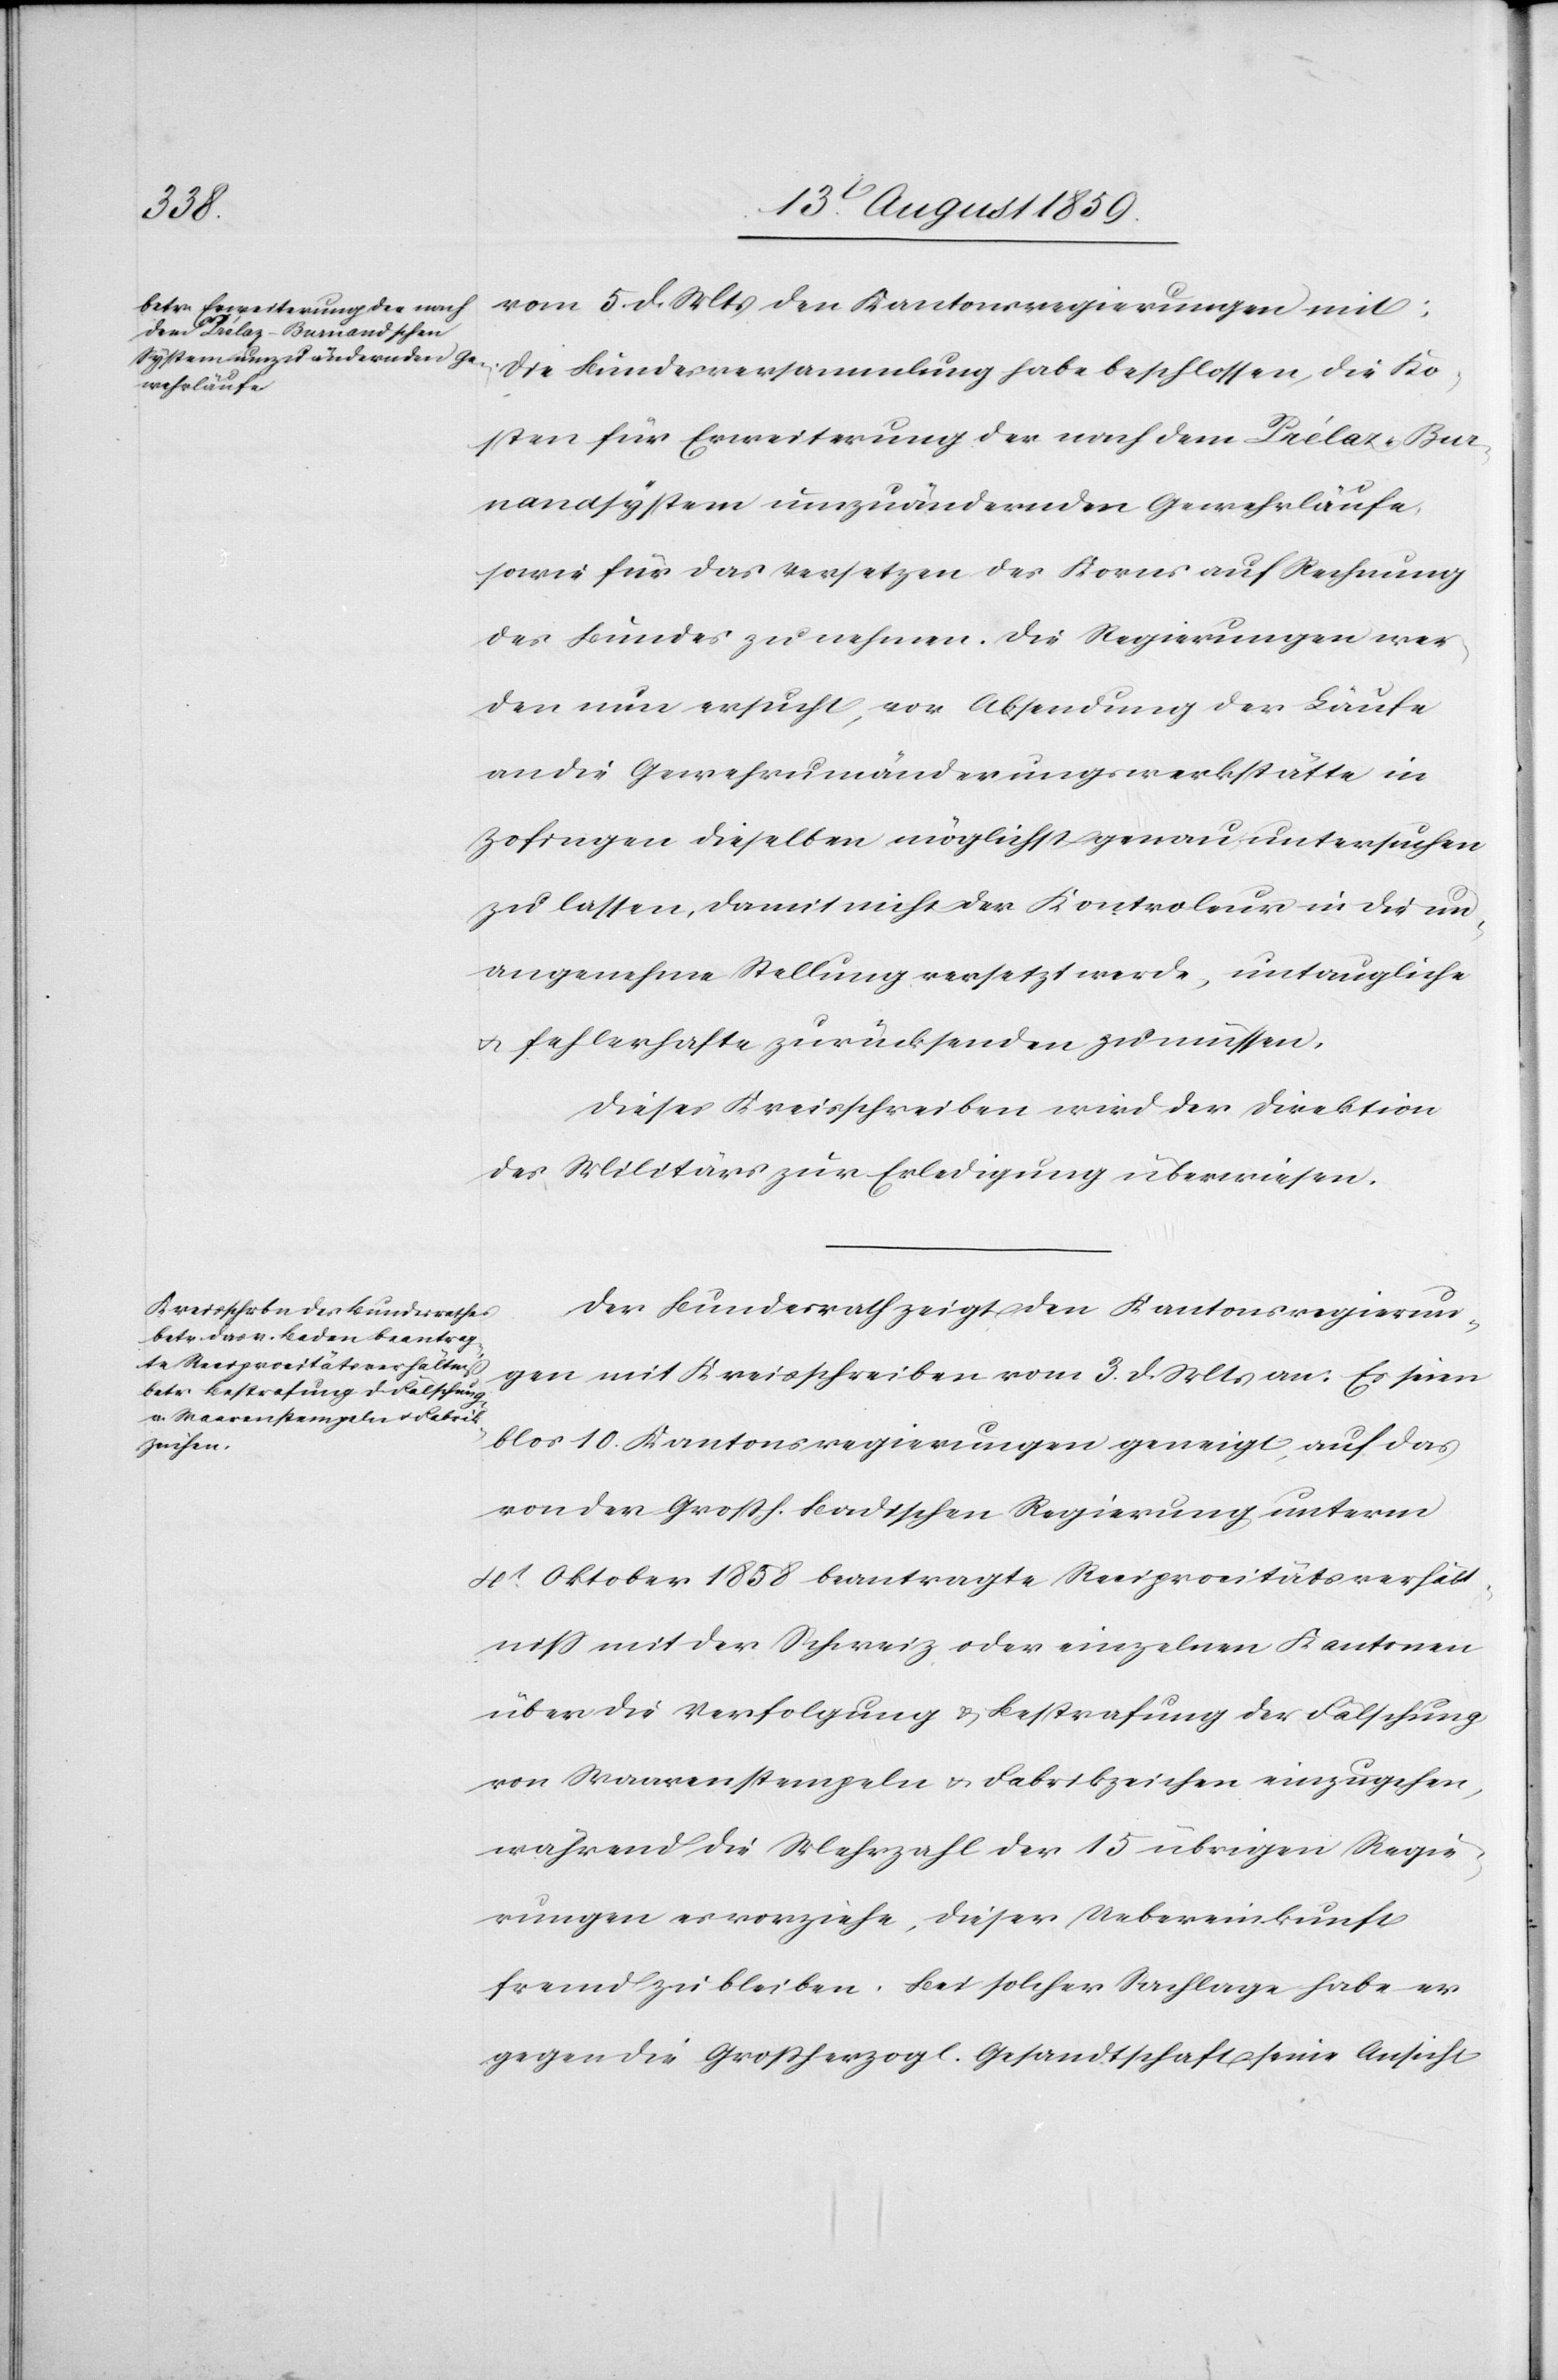
vom 5. d. Mts. den Kantonsregierungen mit:
Die Bundesversammlung habe beschlossen, die Ko¬
sten für Erweiterung der nach dem Prélaz-Bur¬
nandsystem umzuändernden Gewehrläufe,
sowie für das versetzen [sic!] des Korns auf Rechnung
des Bundes zu nehmen. Die Regierung wer¬
de nun ersucht, vor Absendung der Läufe
an die Gewehrumänderungswerkstätte in
Zofingen dieselben möglichst genau untersuchen
zu lassen, damit nicht der Kontroleur in die un¬
angenehme Stellung versetzt werde, untaugliche
u. fehlerhafte zurücksenden zu müssen.
Dieses Kreisschreiben wird der Direktion
des Militärs zur Erledigung überwiesen.
Der Bundesrath zeigt den Kantonsregierun¬
gen mit Kreisschreiben vom 3. d. Mts. an: Es seien
blos 10. Kantonsregierungen geneigt, auf das
von der Großh. Badischen Regierung unterm
4t. Oktober 1858 beantragte Reciprocitätsverhält¬
niß mit der Schweiz oder einzelnen Kantonen
über die Verfolgung u. Bestrafung der Fälschung
von Waarenstempeln u. Fabrikzeichen einzugehen,
während die Mehrzahl der 15 übrigen Regie¬
rungen es vorziehe, dieser Uebereinkunft
fremd zu bleiben. Bei solcher Sachlage habe er
gegen die Großherzogl. Gesandtschaft seine Ansicht